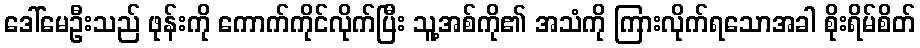
ဒေါ်မေဦးသည် ဖုန်းကို ကောက်ကိုင်လိုက်ပြီး သူ့အစ်ကို၏ အသံကို ကြားလိုက်ရသောအခါ စိုးရိမ်စိတ်